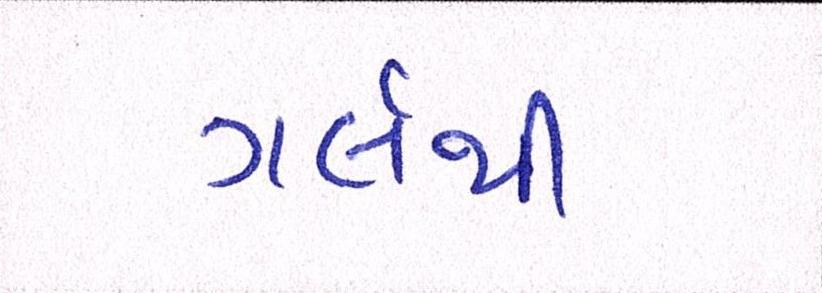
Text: ગર્લથી